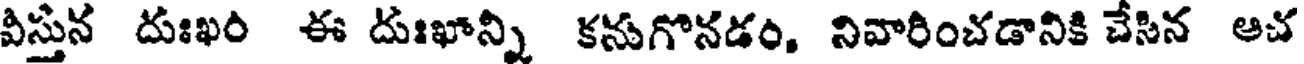
విస్తున దుఃఖం ఈ దుఃఖాన్ని కనుగొనడం. నివారించడానికి చేసిన ఆచ